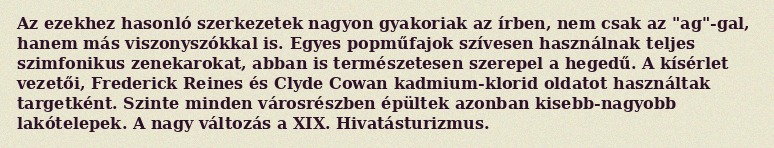
Az ezekhez hasonló szerkezetek nagyon gyakoriak az írben, nem csak az "ag"-gal, hanem más viszonyszókkal is. Egyes popműfajok szívesen használnak teljes szimfonikus zenekarokat, abban is természetesen szerepel a hegedű. A kísérlet vezetői, Frederick Reines és Clyde Cowan kadmium-klorid oldatot használtak targetként. Szinte minden városrészben épültek azonban kisebb-nagyobb lakótelepek. A nagy változás a XIX. Hivatásturizmus.